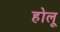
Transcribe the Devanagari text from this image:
होलू